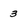
Character: 3